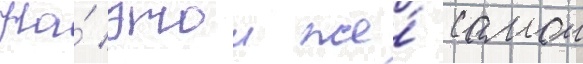
На́ этои же́ самои